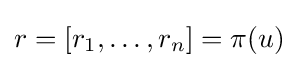
r=[r_{1},\ldots ,r_{n}]=\pi (u)